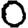
Digit: 0